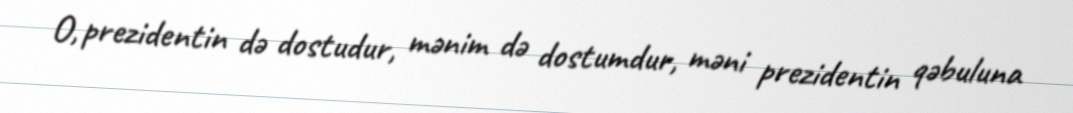
O, prezidentin də dostudur, mənim də dostumdur, məni prezidentin qəbuluna